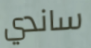
ساندي